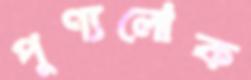
পুণ্যলোক